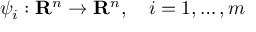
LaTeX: \psi _ { i } : \mathbf { R } ^ { n } \rightarrow \mathbf { R } ^ { n } , \quad i = 1 , \ldots , m